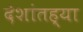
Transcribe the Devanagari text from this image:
देशांतह्या